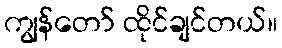
ကျွန်တော် ထိုင်ချင်တယ်။